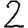
Digit: 2